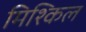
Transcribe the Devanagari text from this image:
मिश्किल